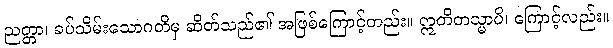
ညတ္တာ၊ ခပ်သိမ်းသောဂတိမှ ဆိတ်သည်၏ အဖြစ်ကြောင့်တည်း။ ဣတိတသ္မာပိ၊ ကြောင့်လည်း။